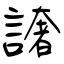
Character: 譇